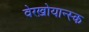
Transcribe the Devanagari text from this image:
वेरख़ोयान्स्क